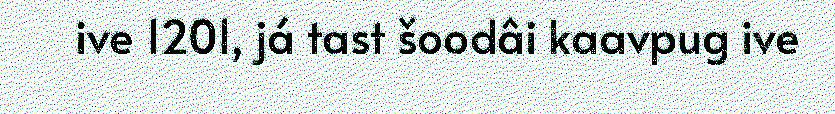
ive 1201, já tast šoodâi kaavpug ive